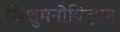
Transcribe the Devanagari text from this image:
शिशुमनोविज्ञान